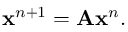
\begin{array} { r } { \mathbf { x } ^ { n + 1 } = \mathbf { A } \mathbf { x } ^ { n } . } \end{array}